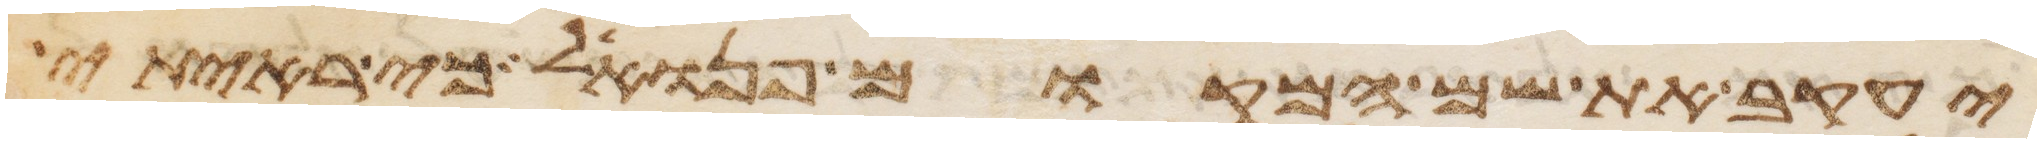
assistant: יעקב שם המקום פנואל כי ראיתי